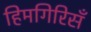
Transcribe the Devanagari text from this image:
हिमगिरिसँ